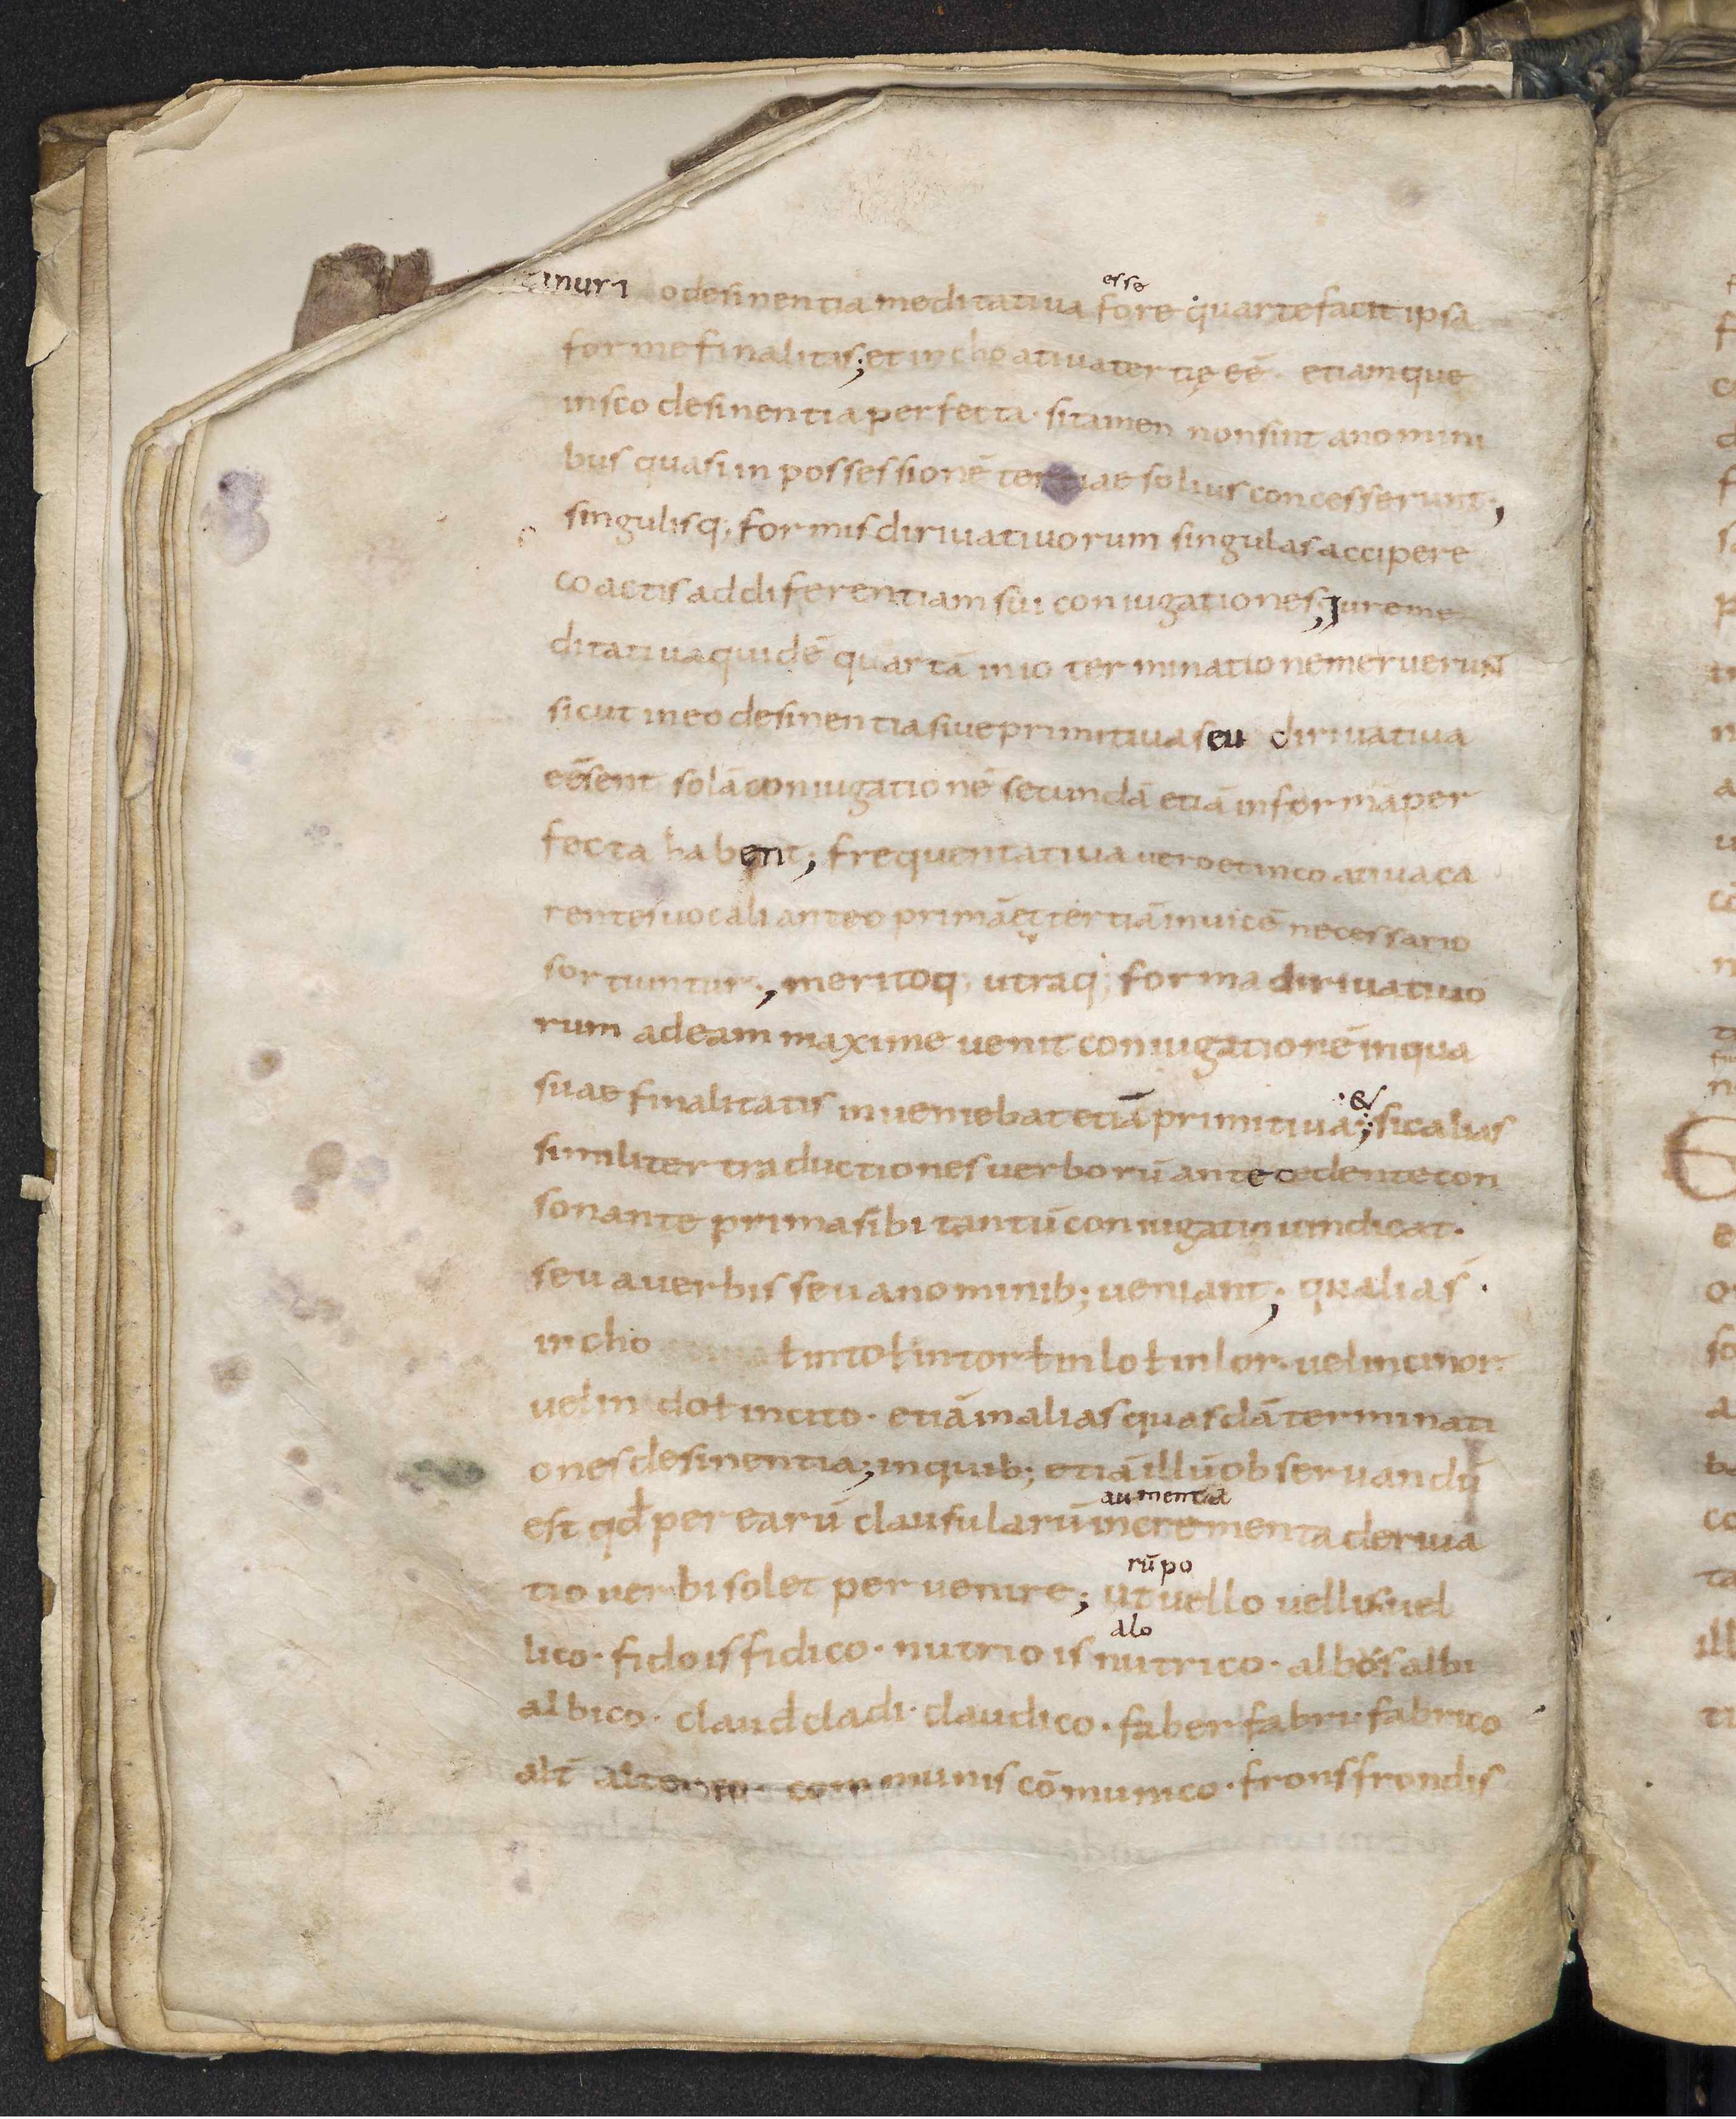
Shelfmark: Leiden, Bibliotheek der Rijksuniversiteit, Voss. Lat. O 41
Century: 9